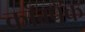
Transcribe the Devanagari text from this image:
कॉम्पॅक